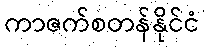
ကာဇက်စတန်နိုင်ငံ